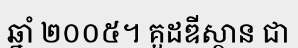
ឆ្នាំ ២០០៥។ គួដឌីស្ថាន ជា